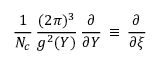
\frac 1 { N _ { c } } \, \frac { ( 2 \pi ) ^ { 3 } } { g ^ { 2 } ( Y ) } \, \frac \partial { \partial Y } \, \equiv \, \frac \partial { \partial \xi }